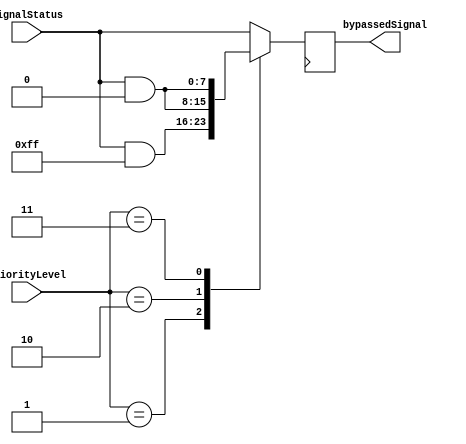
module PriorityBypassRegister (
    input wire [3:0] priorityLevel,
    input wire [7:0] signalStatus,
    output reg [7:0] bypassedSignal
);

always @(posedge clk) begin
    case (priorityLevel)
        4'b0000: bypassedSignal <= signalStatus; // All signals allowed
        4'b0001: bypassedSignal <= (signalStatus & 8'hFF); // Bypass signal 0
        4'b0010: bypassedSignal <= (signalStatus & {1'b0, 1'b1, 6'b1, 8'b0}); // Bypass signal 1
        4'b0011: bypassedSignal <= (signalStatus & {2'b00, 4'b1111, 8'b0}); // Bypass signal 0 and 1
        // Add more cases for higher priority levels as needed
        default: bypassedSignal <= signalStatus; // Default to allowing all signals
    endcase
end

endmodule